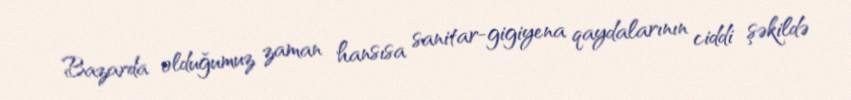
Bazarda olduğumuz zaman hansısa sanitar-gigiyena qaydalarının ciddi şəkildə